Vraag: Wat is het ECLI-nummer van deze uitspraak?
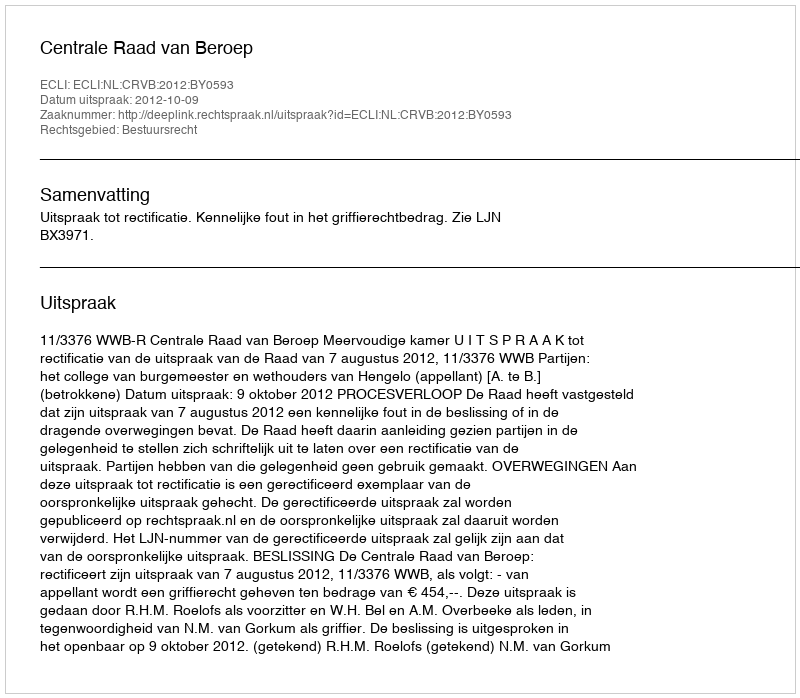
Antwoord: ECLI:NL:CRVB:2012:BY0593